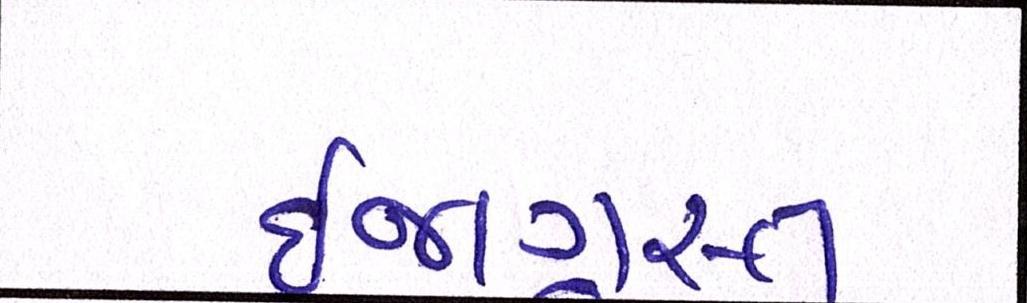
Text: ઈજાગ્રસ્ત